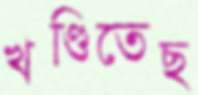
খণ্ডিতেছ